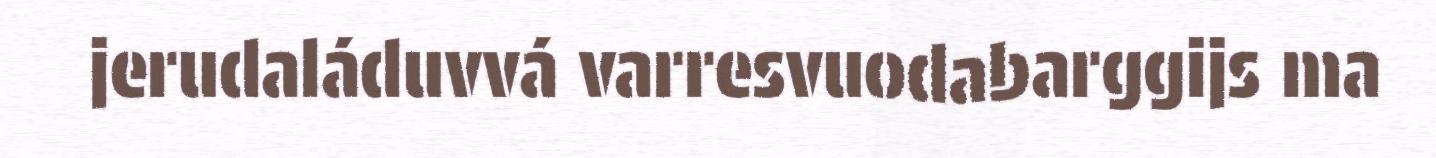
jerudaláduvvá varresvuodabarggijs ma